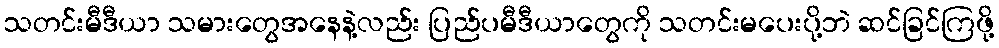
သတင်းမီဒီယာ သမားတွေအနေနဲ့လည်း ပြည်ပမီဒီယာတွေကို သတင်းမပေးပို့ဘဲ ဆင်ခြင်ကြဖို့